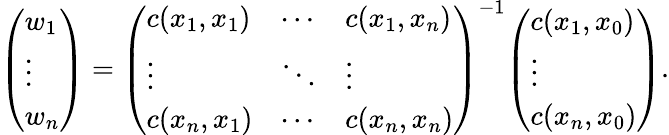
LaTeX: {\left(\begin{array}{l}{w_{1}}\\ {\vdots}\\ {w_{n}}\end{array}\right)}={\left(\begin{array}{lll}{c(x_{1},x_{1})}&{\cdots}&{c(x_{1},x_{n})}\\ {\vdots}&{\ddots}&{\vdots}\\ {c(x_{n},x_{1})}&{\cdots}&{c(x_{n},x_{n})}\end{array}\right)}^{-1}{\left(\begin{array}{l}{c(x_{1},x_{0})}\\ {\vdots}\\ {c(x_{n},x_{0})}\end{array}\right)}.